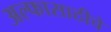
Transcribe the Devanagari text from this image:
अल्फासाठीचे